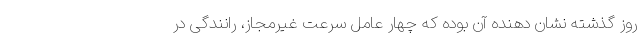
روز گذشته نشان دهنده آن بوده که چهار عامل سرعت غیرمجاز، رانندگی در